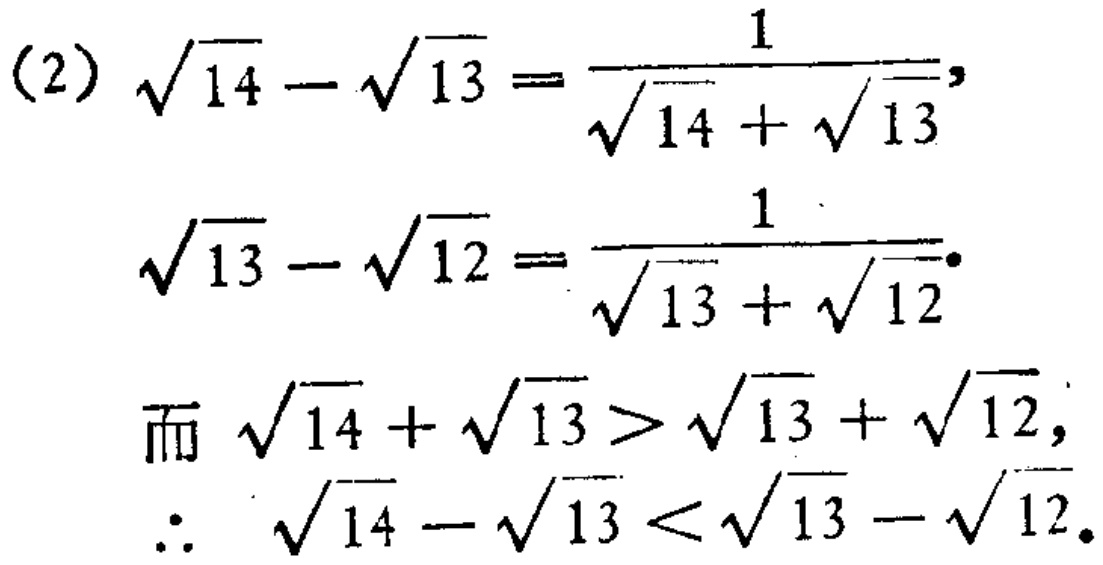
(2) \(\sqrt{14}-\sqrt{13}=\frac{1}{\sqrt{14}+\sqrt{13}}\),

\(\sqrt{13}-\sqrt{12}=\frac{1}{\sqrt{13}+\sqrt{12}}\).

而 \(\sqrt{14}+\sqrt{13}>\sqrt{13}+\sqrt{12}\),

\(\therefore\) \(\sqrt{14}-\sqrt{13}<\sqrt{13}-\sqrt{12}\).